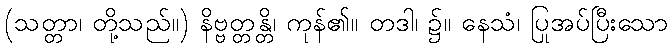
(သတ္တာ၊ တို့သည်။) နိဗ္ဗတ္တန္တိ၊ ကုန်၏။ တဒါ၊ ၌။ နေသံ၊ ပြုအပ်ပြီးသော